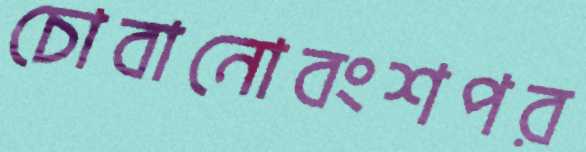
চোবানোবংশপর